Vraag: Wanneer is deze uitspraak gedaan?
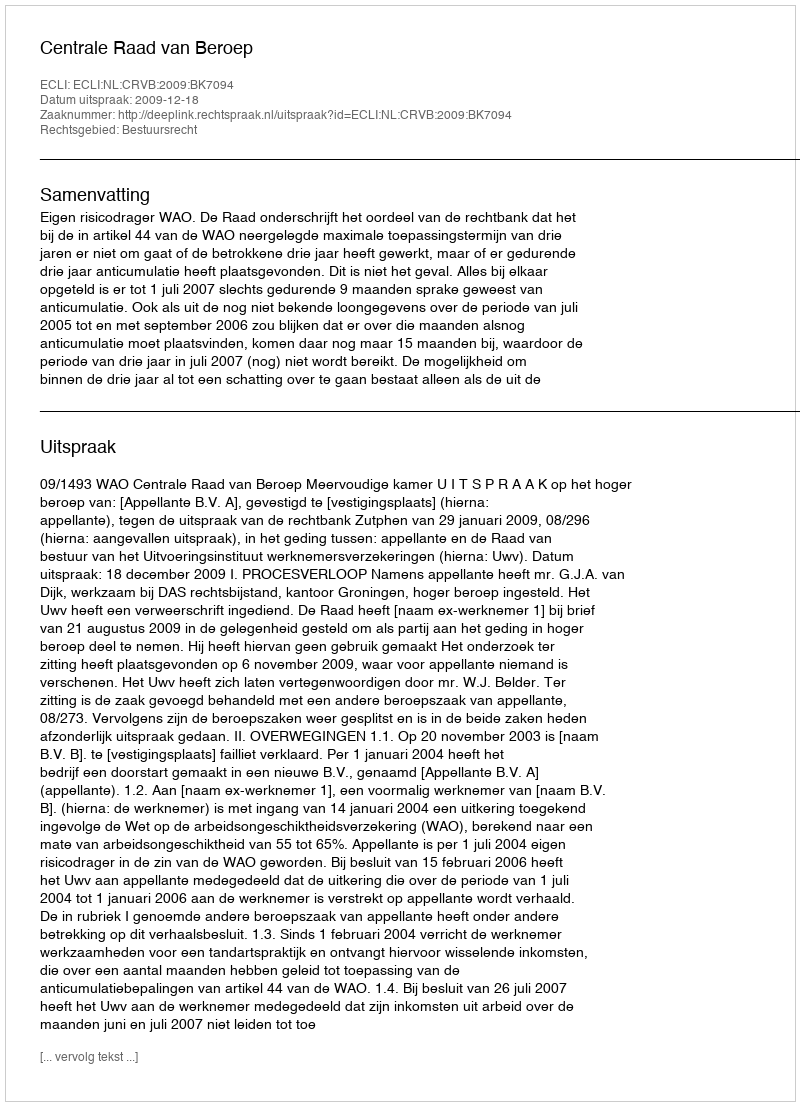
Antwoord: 2009-12-18